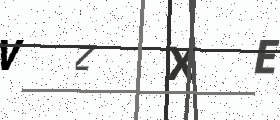
Text: VZXE